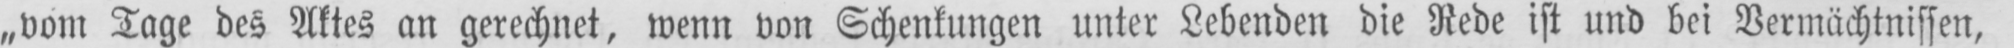
„vom Tage des Aktes an gerechnet, wenn von Schenkungen unter Lebenden die Rede ist und bei Vermächtnissen,